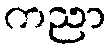
ကညာ